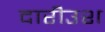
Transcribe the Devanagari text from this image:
दारीउश